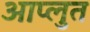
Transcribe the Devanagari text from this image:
आप्लुत